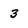
Character: 3